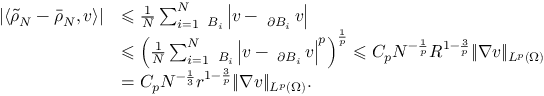
\begin{array} { r l } { | \langle \tilde { \rho } _ { N } - \bar { \rho } _ { N } , v \rangle | } & { \leqslant \frac 1 N \sum _ { i = 1 } ^ { N } \fint _ { B _ { i } } \left| v - \fint _ { \partial B _ { i } } v \right| } \\ & { \leqslant \left( \frac 1 N \sum _ { i = 1 } ^ { N } \fint _ { B _ { i } } \left| v - \fint _ { \partial B _ { i } } v \right| ^ { p } \right) ^ { \frac 1 p } \leqslant C _ { p } N ^ { - \frac 1 p } R ^ { 1 - \frac 3 p } \| \nabla v \| _ { L ^ { p } ( \Omega ) } } \\ & { = C _ { p } N ^ { - \frac 1 3 } r ^ { 1 - \frac 3 p } \| \nabla v \| _ { L ^ { p } ( \Omega ) } . } \end{array}